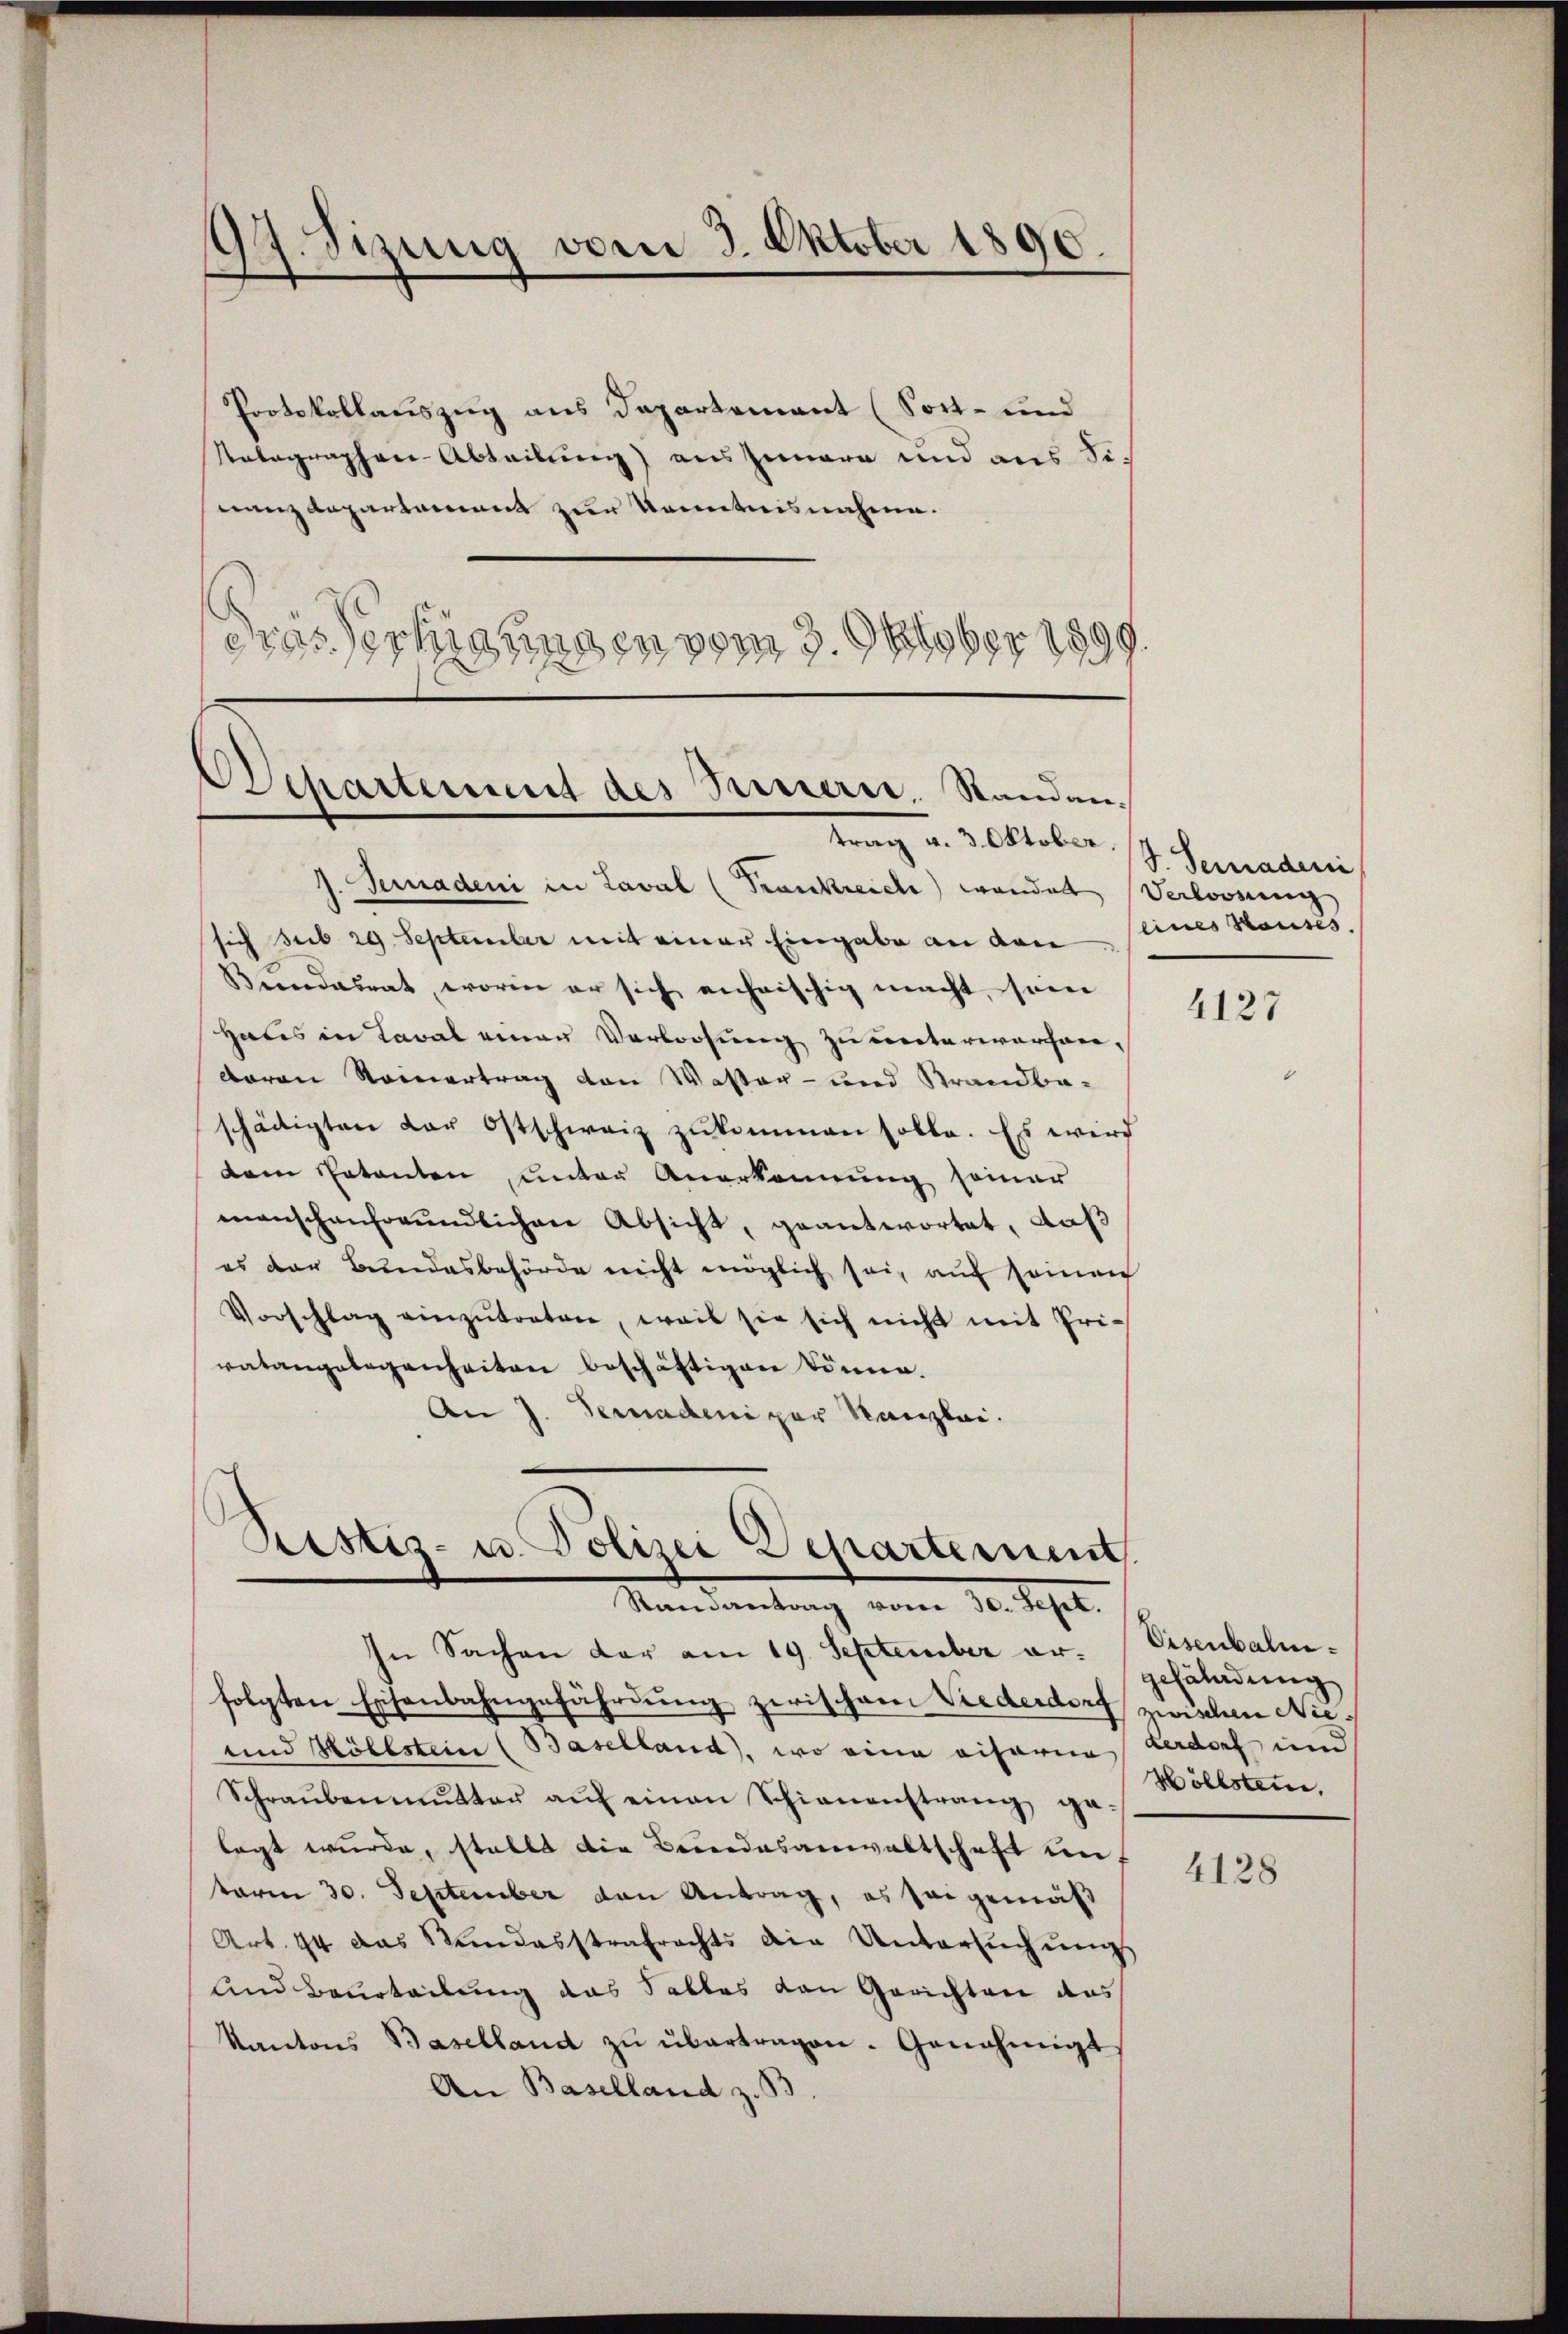
97. Sizung vom 3. Oktober 1890.

Departement des Innern. Standen.
trag v. 3. Oktober (s. Senadeni

Pristis- u. Polizei Departement
Mandantung vom 10. Sept.

Protokollauszug aus Departement (Sort- und
Ralagraphen-Abteilung) ausgeare und aus Siwanz Repartement zur Kenntnisnahme.
drassertigungen vom 3. Oktober 1899.

J. Geradeni in Laval (Trankreiche) wender Verloosung
sich sub 29. September mit einer Eingabe an den
Bundesrat, worin er sich anheischig macht, sein
Haus in Caval einer Verloosung zu unterworfen¬
Baron Seinertrag von Waster- und Krandba-
schädigten dar Ostschweiz zŭkommen solle. Es wird
dem Patenten, unter Anerkennung seiner
manschenfreundlichen Absicht, geantwortet, daß
es der Bundesbehörde nicht möglich sei, auf seinen
Vorschlag einzŭtreten, weil sie sich nicht mit Pri-
vatangelegenheiten beschäftigen könne.
An J. Geradeni par Kanzlei.

In Sachen der am 19. September ar- Eisenbahnfolgten Eisenbahngefährdung zwischen Viederdorf zwischen Nie¬
und Köhlstein (Baselland, wo eine visoria Lerdorf und
Schraŭbenmŭtter aŭf einen Schienenstrang ga-
legt wurde, stellt die Bundesanwaltschaft unf
term 30. September von Antrag, es sei gemäß
Art. 44 das Stundesstrafrechts die Untersŭchŭngs
und Beurteilung das Salles von Gerichten das
Kantons Baselland zŭ übertragen. Genehmigt,
An Baselland z. B.

eines Hauses.

4127

gehändung
Wöllstein,

4128